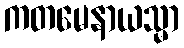
ကတမေနာယသ္မာ